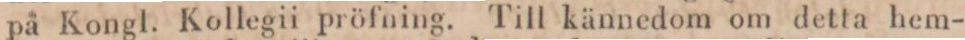
på Kongl. Kollegii pröfning. Till kännedom om detta hem-